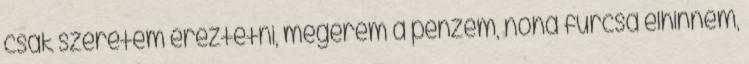
csak szeretem éreztetni, megérem a pénzem, noha furcsa elhinnem,